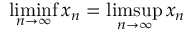
\operatorname* { l i m i n f } _ { n \to \infty } x _ { n } = \operatorname* { l i m s u p } _ { n \to \infty } x _ { n }